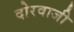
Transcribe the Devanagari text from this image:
दोरवाजी